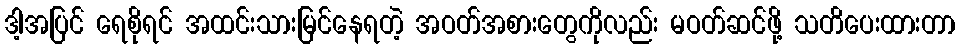
ဒါ့အပြင် ရေစိုရင် အထင်းသားမြင်နေရတဲ့ အဝတ်အစားတွေကိုလည်း မဝတ်ဆင်ဖို့ သတိပေးထားတာ